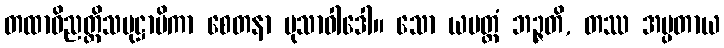
တထာဝိညတ္တိသမုဋ္ဌာပိကာ စေတနာ မုသာဝါဒေါ။ သော ယမတ္ထံ ဘဉ္ဇတိ, တဿ အပ္ပတာယ